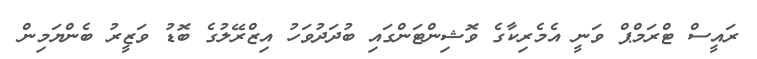
ރައީސް ޓްރަމްޕް ވަނީ އެމެރިކާގެ ވޮޝިންޓަންގައި ބުދަދުވަހު އިޒްރޭލުގެ ބޮޑު ވަޒީރު ބެންޔަމިން